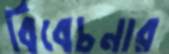
বিবেচনার